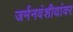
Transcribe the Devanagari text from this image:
जर्मनवंशीयांवर